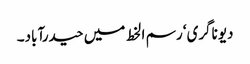
دیوناگری‘ رسم ا لخط میں حیدرآباد۔